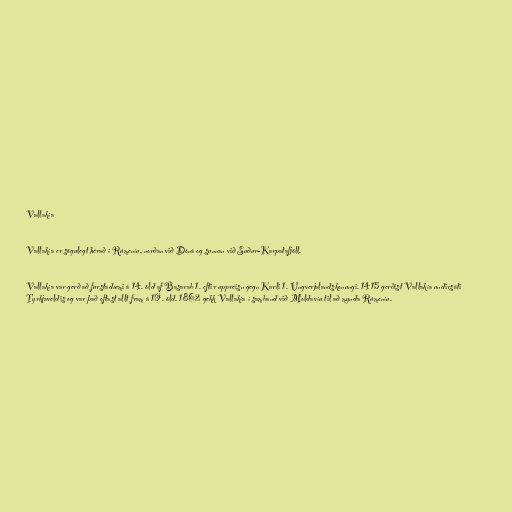
Vallakía

Vallakía er sögulegt hérað í Rúmeníu, norðan við Dóná og sunnan við Suður-Karpatafjöll.

Vallakía var gerð að furstadæmi á 14. öld af Basarab 1. eftir uppreisn gegn Karli 1. Ungverjalandskonungi. 1415 gerðist Vallakía undirsáti
Tyrkjaveldis og var það oftast allt fram á 19. öld. 1862 gekk Vallakía í samband við Moldavíu til að mynda Rúmeníu.